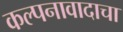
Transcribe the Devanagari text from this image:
कल्पनावादाचा